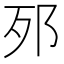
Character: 𨚌